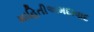
માહિતીઅમદાવાદ